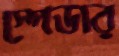
স্পেডার